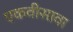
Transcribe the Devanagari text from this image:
एकवीसावा